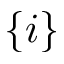
\{ i \}